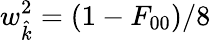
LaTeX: w_{\hat{k}}^{2}=(1-F_{00})/8